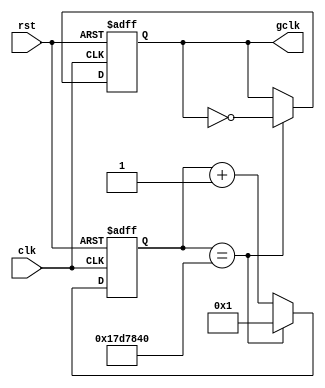
`timescale 1ns / 1ps
//////////////////////////////////////////////////////////////////////////////////
// Company: 
// Engineer: 
// 
// Design Name: 
// Module Name:    clkdiv 
// Project Name: 
// Target Devices: 
// Tool versions: 
// Description: 
//
// Dependencies: 
//
// Revision: 
// Revision 0.01 - File Created
// Additional Comments: 
//
//////////////////////////////////////////////////////////////////////////////////
module clkdiv(input clk, input rst, output reg gclk);
    parameter f = 1'b1; 
    parameter in = 26'd50_000_000;

    reg[25:0] counter;
    always @ (posedge clk, posedge rst) begin
        if (rst) begin
            gclk <= 1'b0;
            counter <= 26'b1;
        end
        else begin
            if (counter == in/(2'd2*f)) begin
                gclk <= ~gclk;
                counter <= 26'b1;
            end
            else counter <= counter + 1'b1;
        end
    end
endmodule